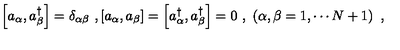
\left[ a _ { \alpha } , a _ { \beta } ^ { \dagger } \right] = \delta _ { \alpha \beta } \ , \left[ a _ { \alpha } , a _ { \beta } \right] = \left[ a _ { \alpha } ^ { \dagger } , a _ { \beta } ^ { \dagger } \right] = 0 \ , \ \left( \alpha , \beta = 1 , \cdots N + 1 \right) \ ,